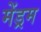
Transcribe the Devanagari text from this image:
मेंड्रम